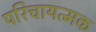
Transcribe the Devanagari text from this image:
परिचायत्मक